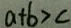
a + b > c